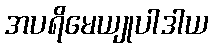
အပရိမေယျုပါဒါယ